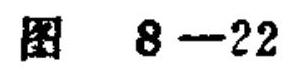
图 \(8 - 22\)